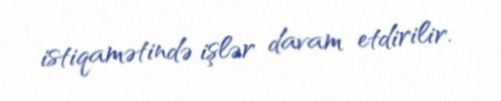
istiqamətində işlər davam etdirilir.